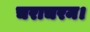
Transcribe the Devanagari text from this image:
चराचरम।